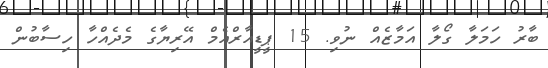
ބާރު ހަމަލާ ގޯލާ އަމާޒެއް ނުވި. 15 ޕީޑީއާރްއެމް އޭރިޔާގެ މެދެއްހާ ހިސާބުުން